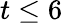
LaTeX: t\leq 6